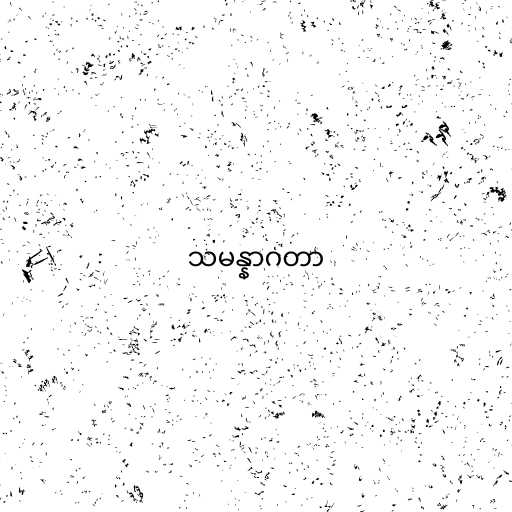
သမန္နာဂတာ